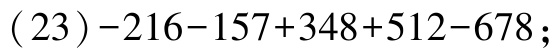
\((23)-216 - 157 + 348+512-678\);